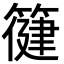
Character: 𮅿